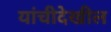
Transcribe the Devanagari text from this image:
यांचीदेखील